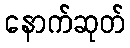
နောက်ဆုတ်